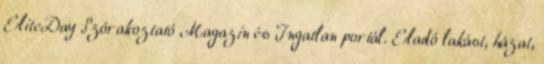
EliteDay Szórakoztató Magazin és Ingatlan portál. Eladó lakást, házat,